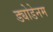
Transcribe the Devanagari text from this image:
ड्योडेनम